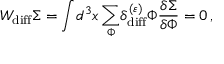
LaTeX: { \cal W } _ { \mathrm { d i f f } } \Sigma = \displaystyle { \int } d ^ { 3 } x \, \displaystyle { \sum _ { \Phi } ^ { } } \delta _ { \mathrm { d i f f } } ^ { ( \varepsilon ) } \Phi { \displaystyle { \frac { \delta \Sigma } { \delta \Phi } } } = 0 \, ,